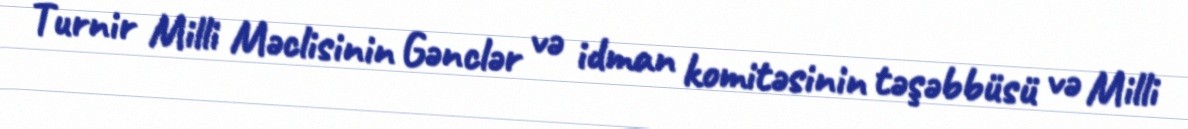
Turnir Milli Məclisinin Gənclər və idman komitəsinin təşəbbüsü və Milli